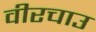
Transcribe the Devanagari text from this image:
वीरचाउ